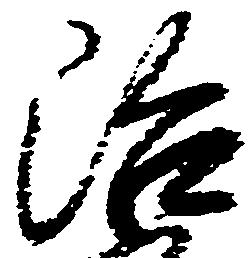
治